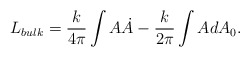
\begin{align*}L_{bulk} =\frac{k}{4\pi}\int A\dot{A} - \frac{k}{2\pi}\int AdA_0.\end{align*}